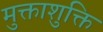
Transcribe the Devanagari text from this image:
मुक्ताशुक्ति